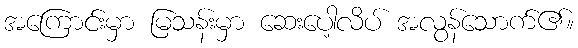
အကြောင်းမှာ မြသန်းမှာ ဆေးပေါ့လိပ် အလွန်သောက်၏။